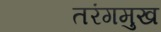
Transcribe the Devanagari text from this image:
तरंगमुख